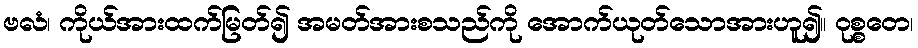
ဗလံ၊ ကိုယ်အားထက်မြတ်၍ အမတ်အားစသည်ကို အောက်ယုတ်သောအားဟူ၍။ ဝုစ္စတေ၊